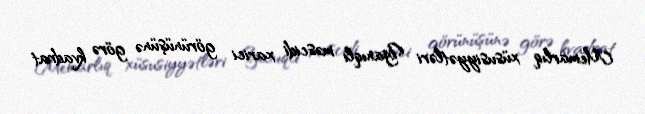
Memarlıq xüsusiyyətləri Yanıqlı məscidi xarici görünüşünə görə kvadrat